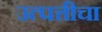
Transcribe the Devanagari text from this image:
उत्पत्तीचा